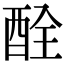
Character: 酫